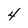
Character: 4